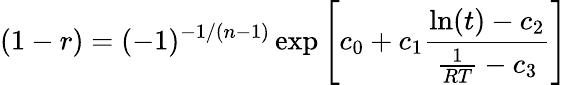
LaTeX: (1-r)=(-1)^{-1/(n-1)}\exp\left[c_{0}+c_{1}\frac{\ln(t)-c_{2}}{\frac{1}{RT}-c_{3}}\right]